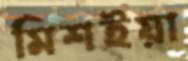
মিশইয়া